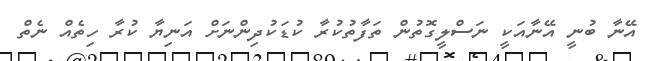
އޭނާ ބުނީ އޭނާއަކީ ނަސްލީގޮތުން ތަފާތުކުރާ ކުޑަކުދިންނަށް އަނިޔާ ކުރާ ހިތެއް ނެތް